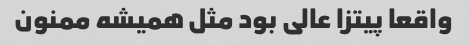
واقعا پیتزا عالی بود مثل همیشه ممنون